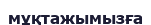
мұқтажымызға